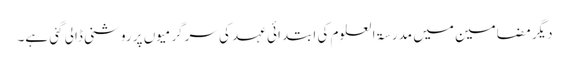
دیگر مضامین میں مدرسۃ العلوم کی ابتدائی عہد کی سرگرمیوں پر روشنی ڈالی گئی ہے۔